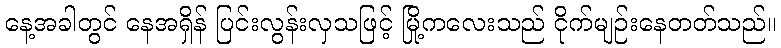
နေ့အခါတွင် နေအရှိန် ပြင်းလွန်းလှသဖြင့် မြို့ကလေးသည် ငိုက်မျဉ်းနေတတ်သည်။